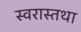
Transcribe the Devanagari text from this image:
स्वरास्तथा